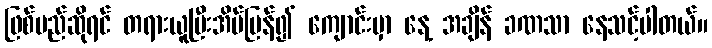
ဖြစ်မည်ဆိုရင် တရားယူပြီးအိမ်ပြန်၍ ကျောင်းမှာ နေ့ အချိန် ခဏသာ နေသင့်ပါတယ်။